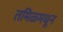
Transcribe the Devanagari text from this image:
तमिळमधून